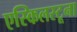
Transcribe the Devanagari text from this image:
एस्किलस्टूना